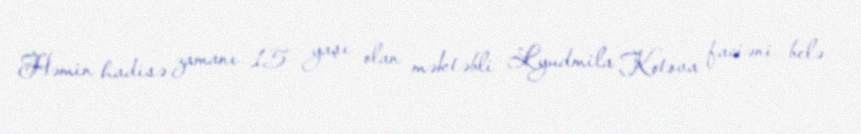
Həmin hadisə zamanı 15 yaşı olan məktəbli Lyudmila Kotova faciəni belə